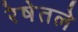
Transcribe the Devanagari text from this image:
रेषेतले